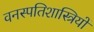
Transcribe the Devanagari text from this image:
वनस्‍पतिशास्‍त्रियों